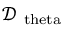
\mathcal { D } _ { \mathrm { \ t h e t a } }